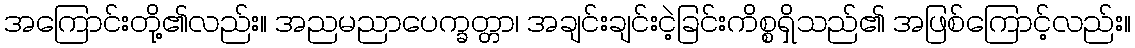
အကြောင်းတို့၏လည်း။ အညမညာပေက္ခတ္တာ၊ အချင်းချင်းငဲ့ခြင်းကိစ္စရှိသည်၏ အဖြစ်ကြောင့်လည်း။